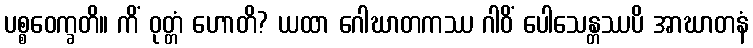
ပစ္စဝေက္ခတိ။ ကိံ ဝုတ္တံ ဟောတိ? ယထာ ဂေါဃာတကဿ ဂါဝိံ ပေါသေန္တဿပိ အာဃာတနံ